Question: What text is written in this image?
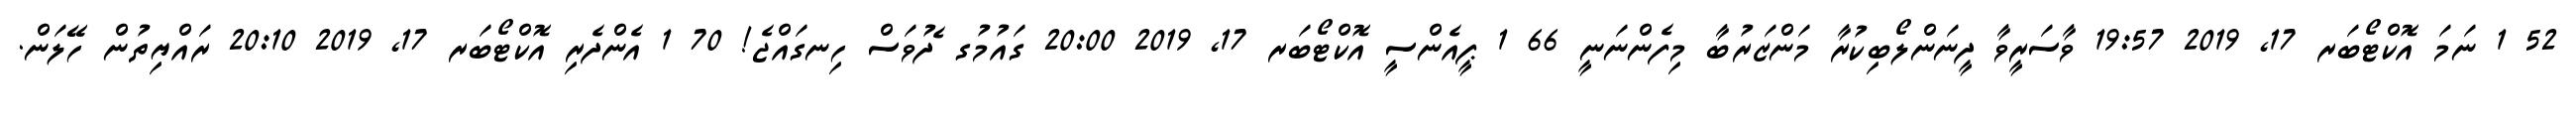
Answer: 52 1 ނަމަ އޮކްޓޯބަރ 17, 2019 19:57 ވާސަރީވާ ދީނަންލޯބިކުރާ މަންޒަރުބާ މިފެންނަނީ 66 1 ޕީއެންސީ އޮކްޓޯބަރ 17, 2019 20:00 ގައުމުގ ެދުވަސް ހިނގައްޖެ! 70 1 އެންދެރި އޮކްޓޯބަރ 17, 2019 20:10 ރައްޔިތުން ހޭލަން.